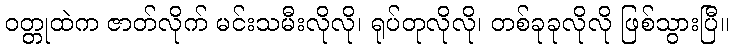
ဝတ္တုထဲက ဇာတ်လိုက် မင်းသမီးလိုလို၊ ရုပ်တုလိုလို၊ တစ်ခုခုလိုလို ဖြစ်သွားပြီ။